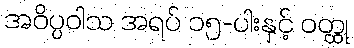
အဝိပ္ပဝါသ အရပ် ၁၅-ပါးနှင့် ဝတ္ထု